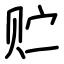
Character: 贮